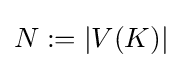
N:=|V(K)|